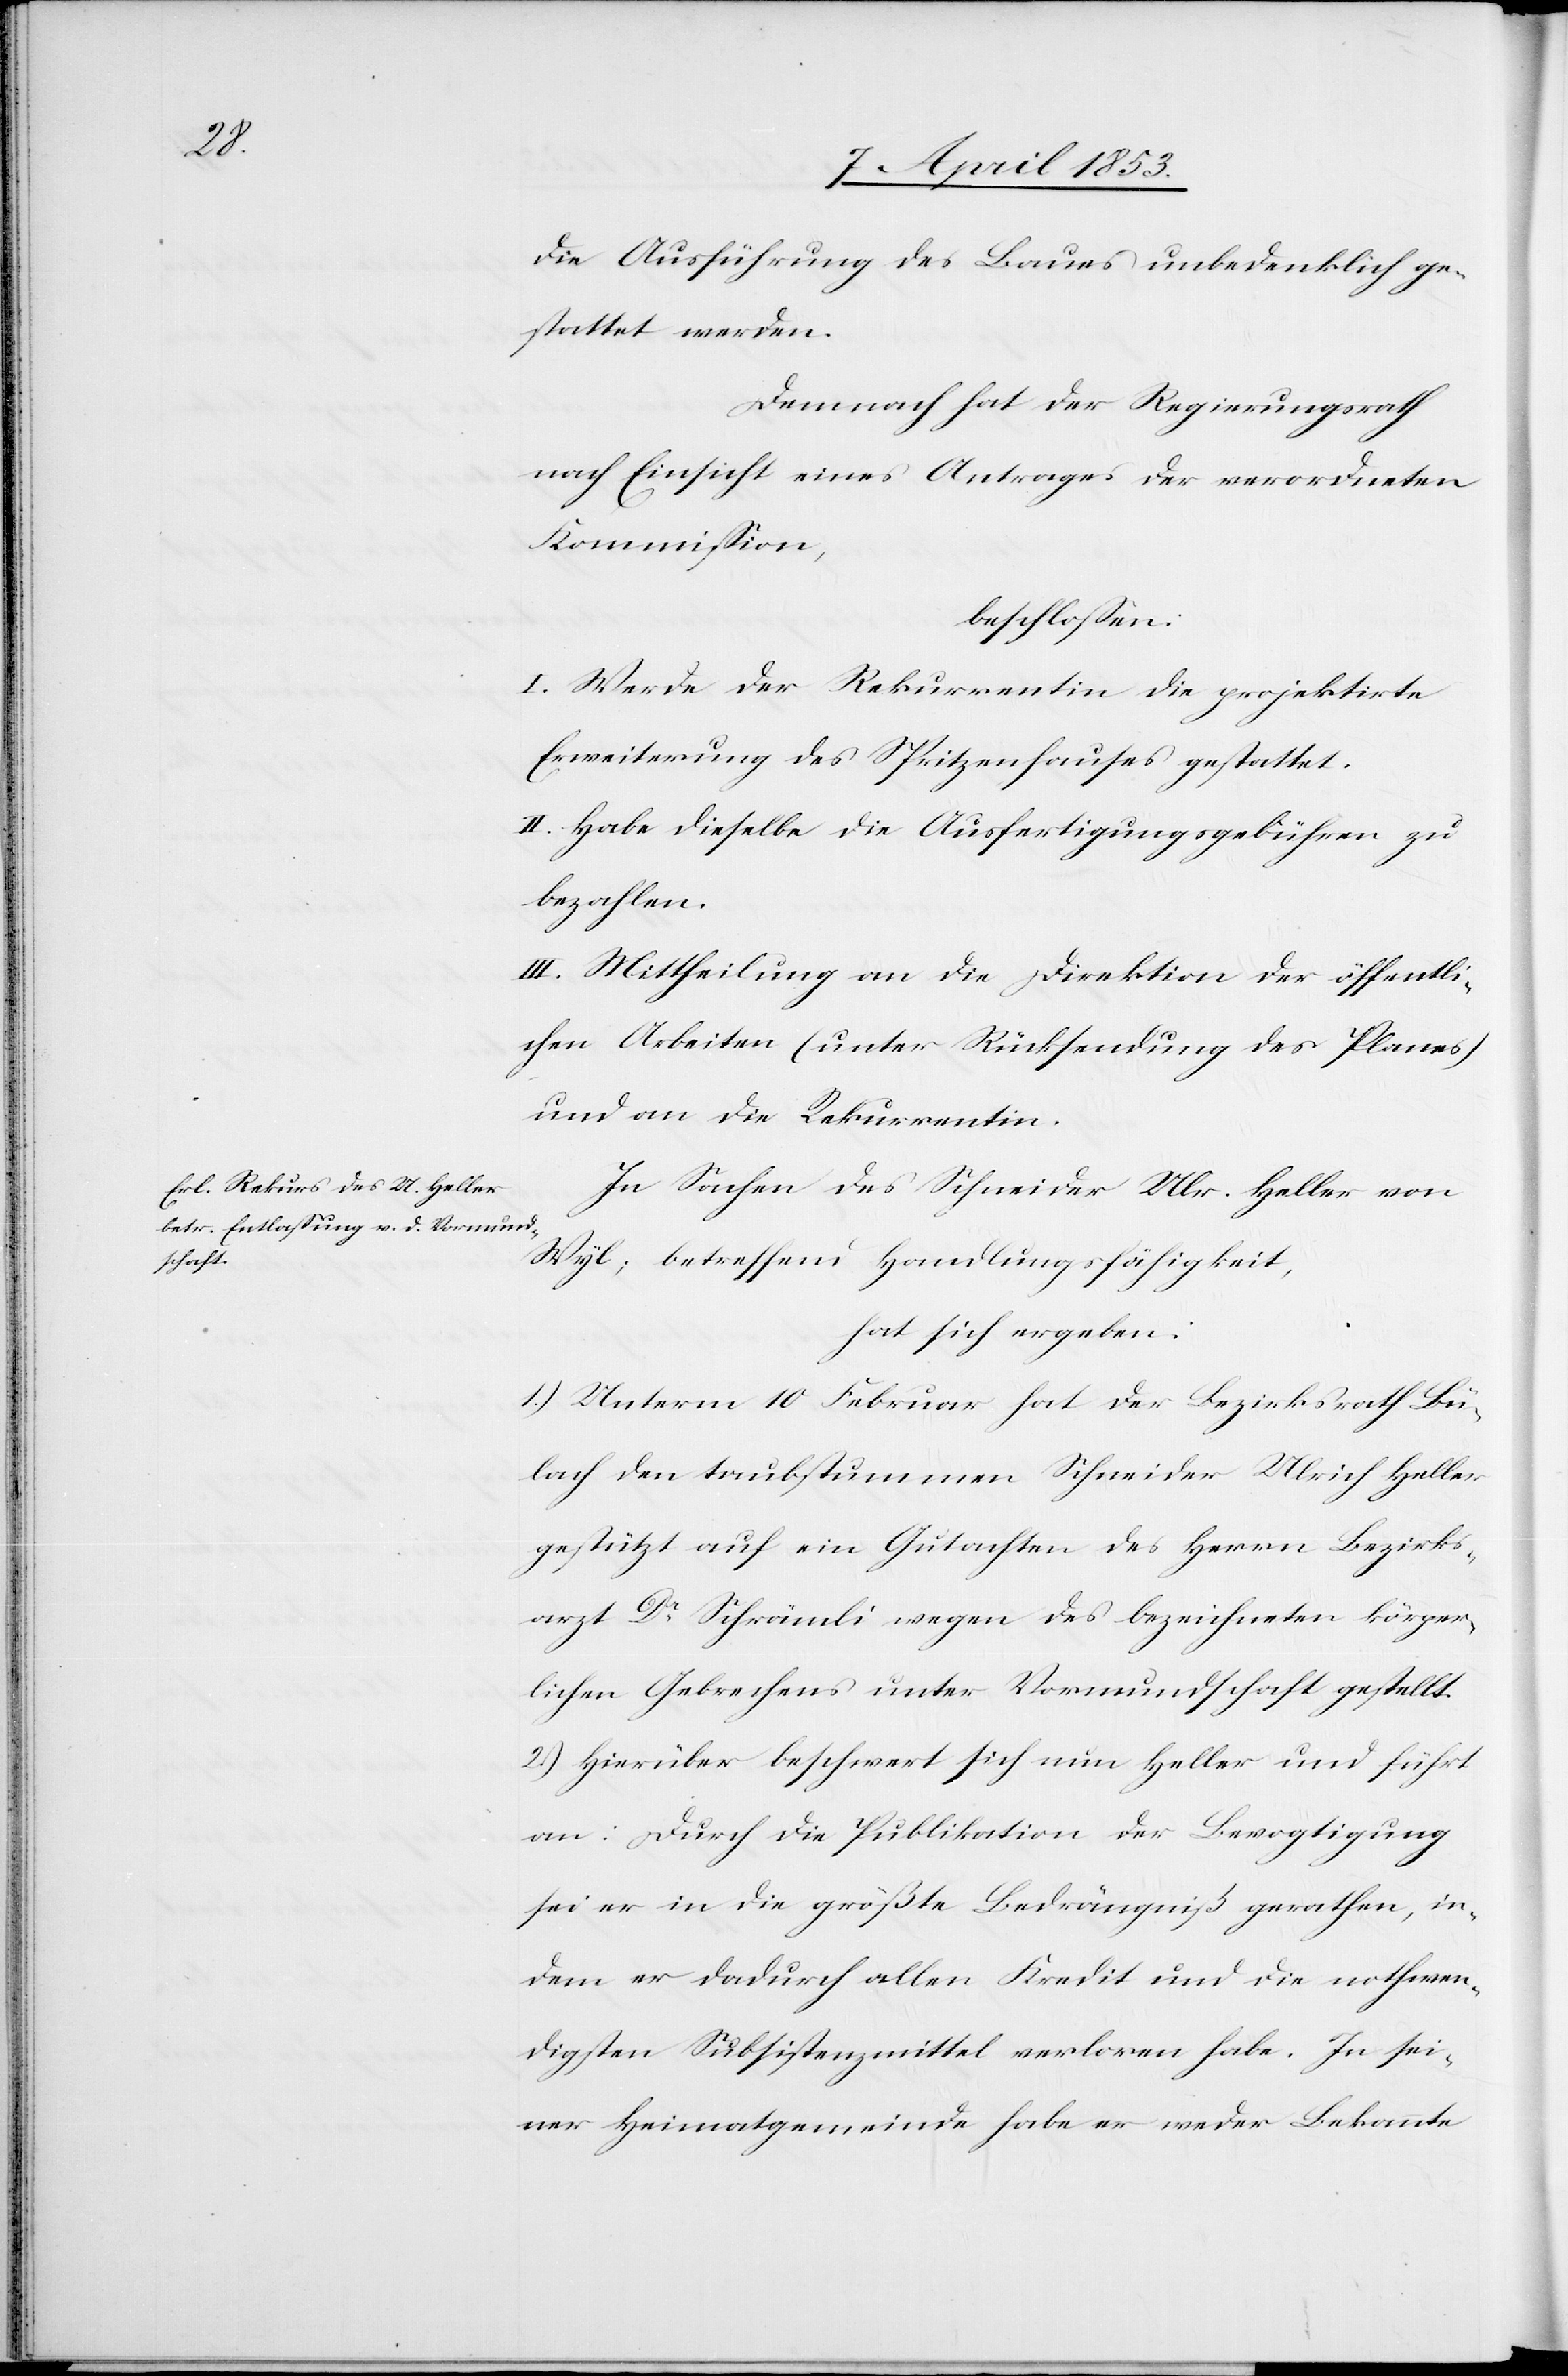
die Ausführung des Baues unbedenklich ge¬
stattet werden.
Demnach hat der Regierungsrath
nach Einsicht eines Antrages der verordneten
Kommißion,
beschloßen:
I. Werde der Rekurrentin die projektirte
Erweiterung des Spritzenhauses gestattet.
II. Habe dieselbe die Ausfertigungsgebühr zu
bezahlen.
III. Mittheilung an die Direktion der öffentli¬
chen Arbeiten (unter Rücksendung des Planes)
und an die Rekurrentin.
In Sachen des Schneider Ulr. Heller von
Wyl; betreffend Handlungsfähigkeit,
hat sich ergeben:
1.) Unterm 10 Februar hat der Bezirksrath Bü¬
lach den taubstummen Schneider Ulrich Heller
gestützt auf ein Gutachten des Herrn Bezirks¬
rath Dr. Schrämli wegen des bezeichneten körper¬
lichen Gebrechens unter Vormundschaft gestellt.
2.) Hierüber beschwert sich nun Heller und führt
an: Durch die Publikation der Bevogtigung
sei er in die größte Bedrängniß gerathen, in¬
dem er dadurch allen Kredit und die nothwen¬
digsten Subsistenzmittel verloren habe. In sei¬
ner Heimatgemeinde habe er weder Bekannte